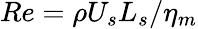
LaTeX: Re={\rho U_{s}L_{s}}/{\eta_{m}}